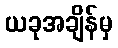
ယခုအချိန်မှ